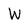
Character: w